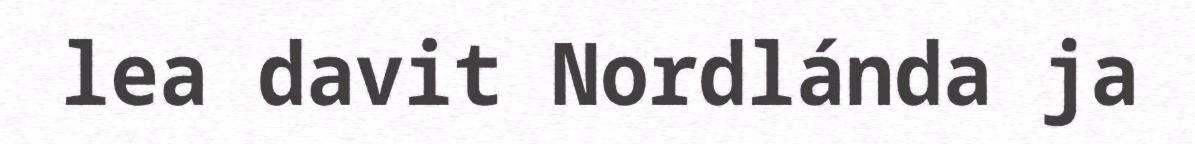
lea davit Nordlánda ja